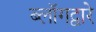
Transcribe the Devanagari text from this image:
ब्लॉगद्वारे